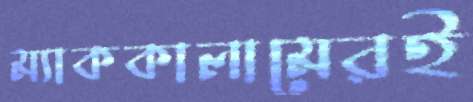
ম্যাককালামেরই